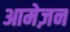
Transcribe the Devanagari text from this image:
आमेज़न